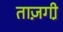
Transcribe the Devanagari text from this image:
ताज़गी़